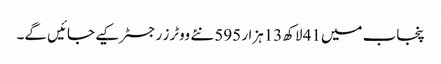
پنجاب میں41 لاکھ13ہزار 595 نئے ووٹرز رجسٹر کیے جائیں گے۔